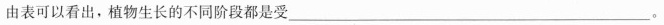
由表可以看出，植物生长的不同阶段都是受___。